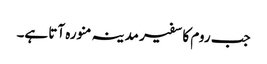
جب روم کا سفیر مدینہ منورہ آتا ہے۔